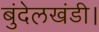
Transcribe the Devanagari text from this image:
बुंदेलखंडी।